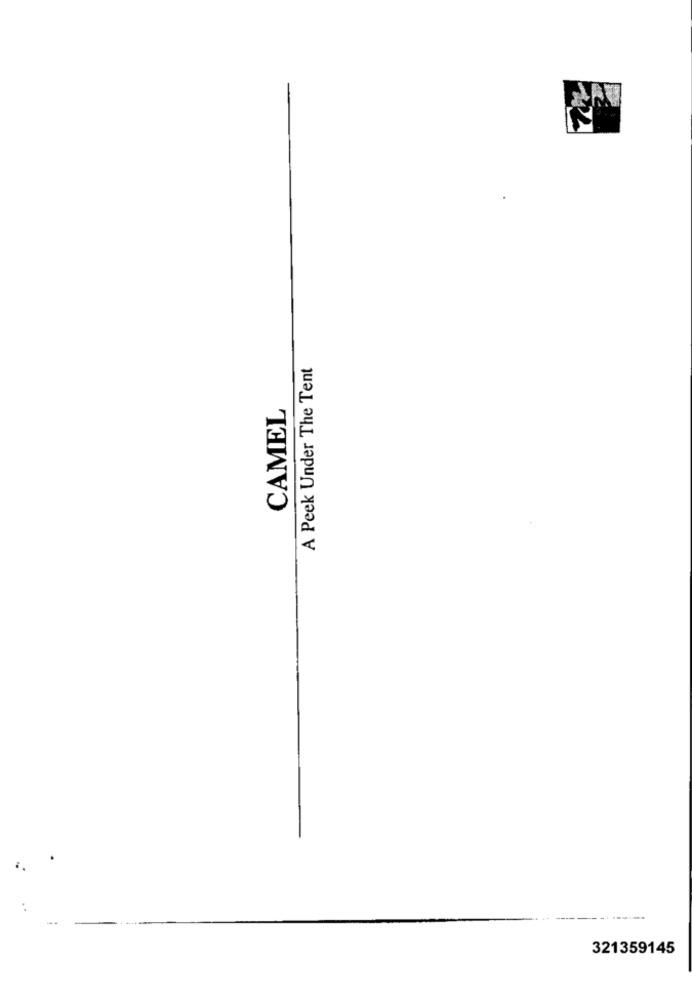
A Peek Under The Tent
CAMEL
321359145